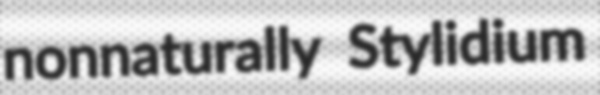
nonnaturally Stylidium